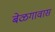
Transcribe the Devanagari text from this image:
बेळगावास